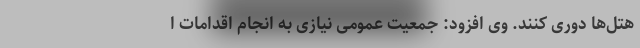
هتل‌ها ‌دوری کنند. وی افزود: جمعیت عمومی نیازی به انجام اقدامات ا